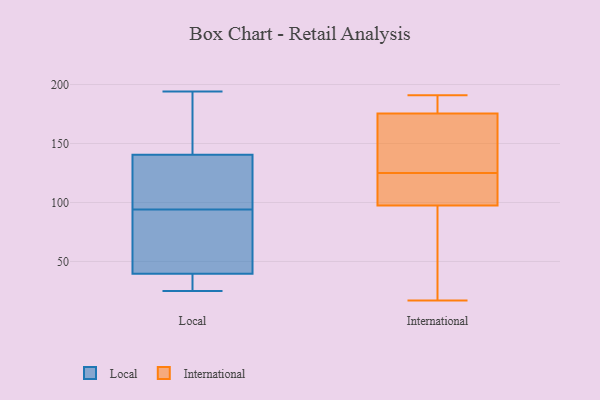
{"axis": {"x": "Churn Rate (%)", "y": "Value"}, "legend": ["International", "Local"], "data": [{"x": "", "y": 144, "type": "Local"}, {"x": "", "y": 63, "type": "Local"}, {"x": "", "y": 63, "type": "Local"}, {"x": "", "y": 125, "type": "Local"}, {"x": "", "y": 180, "type": "Local"}, {"x": "", "y": 32, "type": "Local"}, {"x": "", "y": 34, "type": "Local"}, {"x": "", "y": 131, "type": "Local"}, {"x": "", "y": 25, "type": "Local"}, {"x": "", "y": 45, "type": "Local"}, {"x": "", "y": 137, "type": "Local"}, {"x": "", "y": 194, "type": "Local"}, {"x": "", "y": 93, "type": "International"}, {"x": "", "y": 191, "type": "International"}, {"x": "", "y": 75, "type": "International"}, {"x": "", "y": 190, "type": "International"}, {"x": "", "y": 82, "type": "International"}, {"x": "", "y": 168, "type": "International"}, {"x": "", "y": 125, "type": "International"}, {"x": "", "y": 191, "type": "International"}, {"x": "", "y": 178, "type": "International"}, {"x": "", "y": 17, "type": "International"}, {"x": "", "y": 168, "type": "International"}, {"x": "", "y": 122, "type": "International"}, {"x": "", "y": 119, "type": "International"}, {"x": "", "y": 34, "type": "International"}, {"x": "", "y": 159, "type": "International"}, {"x": "", "y": 114, "type": "International"}, {"x": "", "y": 150, "type": "International"}, {"x": "", "y": 189, "type": "International"}, {"x": "", "y": 111, "type": "International"}]}